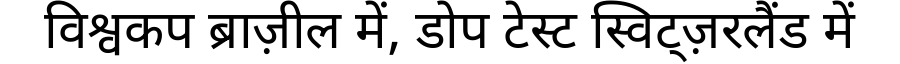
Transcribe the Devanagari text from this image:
विश्वकप ब्राज़ील में, डोप टेस्ट स्विट्ज़रलैंड में